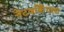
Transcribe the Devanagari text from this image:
नेटवर्किंगला